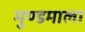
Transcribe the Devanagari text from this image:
मुण्डमाला